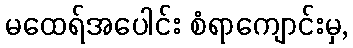
မထေရ်အပေါင်း စံရာကျောင်းမှ,